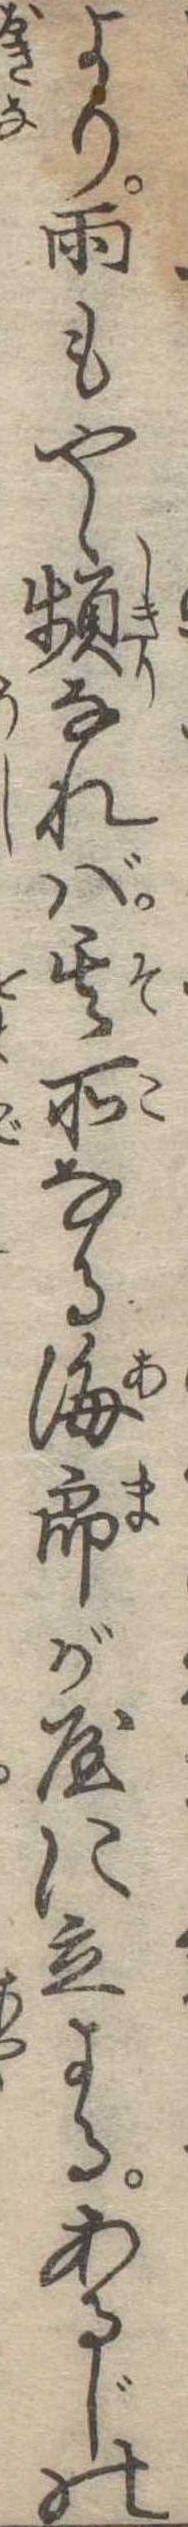
より雨もやゝ頻なれば其所なる海郎が屋に立よるあるじの